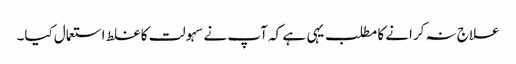
علاج نہ کرانے کا مطلب یہی ہے کہ آپ نے سہولت کا غلط استعمال کیا۔